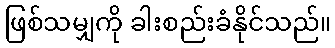
ဖြစ်သမျှကို ခါးစည်းခံနိုင်သည်။